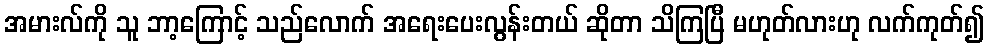
အမားလ်ကို သူ ဘာ့ကြောင့် သည်လောက် အရေးပေးလွန်းတယ် ဆိုတာ သိကြပြီ မဟုတ်လားဟု လက်ကုတ်၍